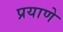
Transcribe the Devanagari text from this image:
प्रयाणे